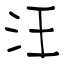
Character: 汪